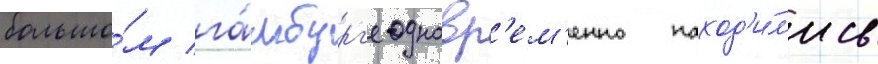
большо́м га́мбург'е одновр'ем'енно наход'и́л'ись